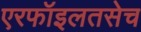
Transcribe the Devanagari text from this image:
एरफॉइलतसेच